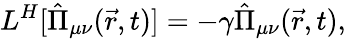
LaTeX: L^{H}[\hat{\Pi}_{\mu\nu}(\vec{r},t)]=-\gamma\hat{\Pi}_{\mu\nu}(\vec{r},t),